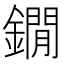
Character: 鐗